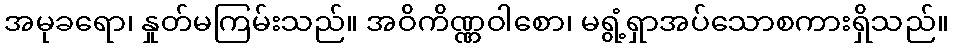
အမုခရော၊ နှုတ်မကြမ်းသည်။ အဝိကိဏ္ဏဝါစော၊ မရွံ့ရှာအပ်သောစကားရှိသည်။